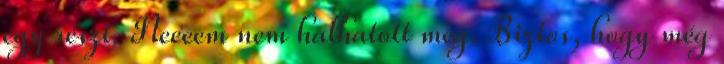
egy részt. Neeeem nem halhatott meg. Biztos, hogy még